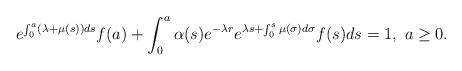
\begin{align*} e^{\int_0^a(\lambda+\mu(s))ds}f(a)+\int_0^a\alpha(s)e^{-\lambda r}e^{\lambda s+\int_0^s\mu(\sigma)d\sigma}f(s)ds=1, \ a\geq 0.\end{align*}